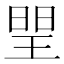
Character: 𤦉